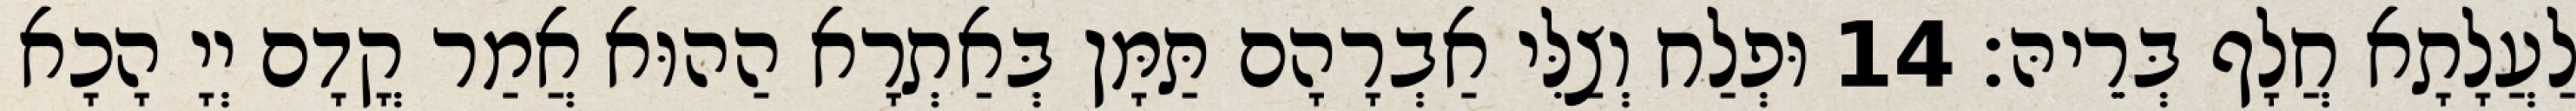
לַעֲלָתָא חֲלָף בְּרֵיהּ׃ 14 וּפְלַח וְצַלִּי אַבְרָהָם תַּמָּן בְּאַתְרָא הַהוּא אֲמַר קֳדָם יְיָ הָכָא